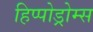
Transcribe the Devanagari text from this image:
हिप्पोड्रोम्स